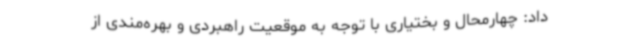
داد: چهارمحال و بختیاری با توجه به موقعیت راهبردی و بهره‌مندی از